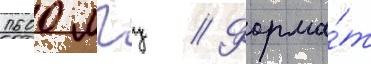
1600 мгц // Форма́т